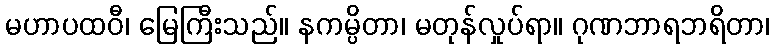
မဟာပထဝီ၊ မြေကြီးသည်။ နကမ္ပိတာ၊ မတုန်လှုပ်ရာ။ ဂုဏဘာရဘရိတာ၊